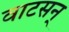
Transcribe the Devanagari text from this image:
वाटसन्